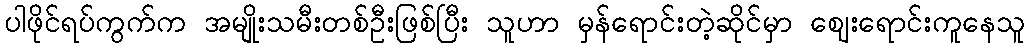
ပါဖိုင်ရပ်ကွက်က အမျိုးသမီးတစ်ဦးဖြစ်ပြီး သူဟာ မှန်ရောင်းတဲ့ဆိုင်မှာ ဈေးရောင်းကူနေသူ